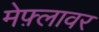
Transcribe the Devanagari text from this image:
मेफ़्लावर